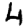
Digit: 4